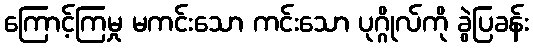
ကြောင့်ကြမှု မကင်းသော ကင်းသော ပုဂ္ဂိုလ်ကို ခွဲပြခန်း